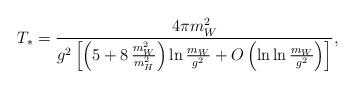
LaTeX: \begin{align*} T_*=\frac{4\pi m_W^2}{g^2\left[\left(5+8\,\frac{m_W^2}{m_H^2}\right)\ln\frac{m_W}{g^2} +O\left(\ln\ln\frac{m_W}{g^2}\right)\right]},\end{align*}